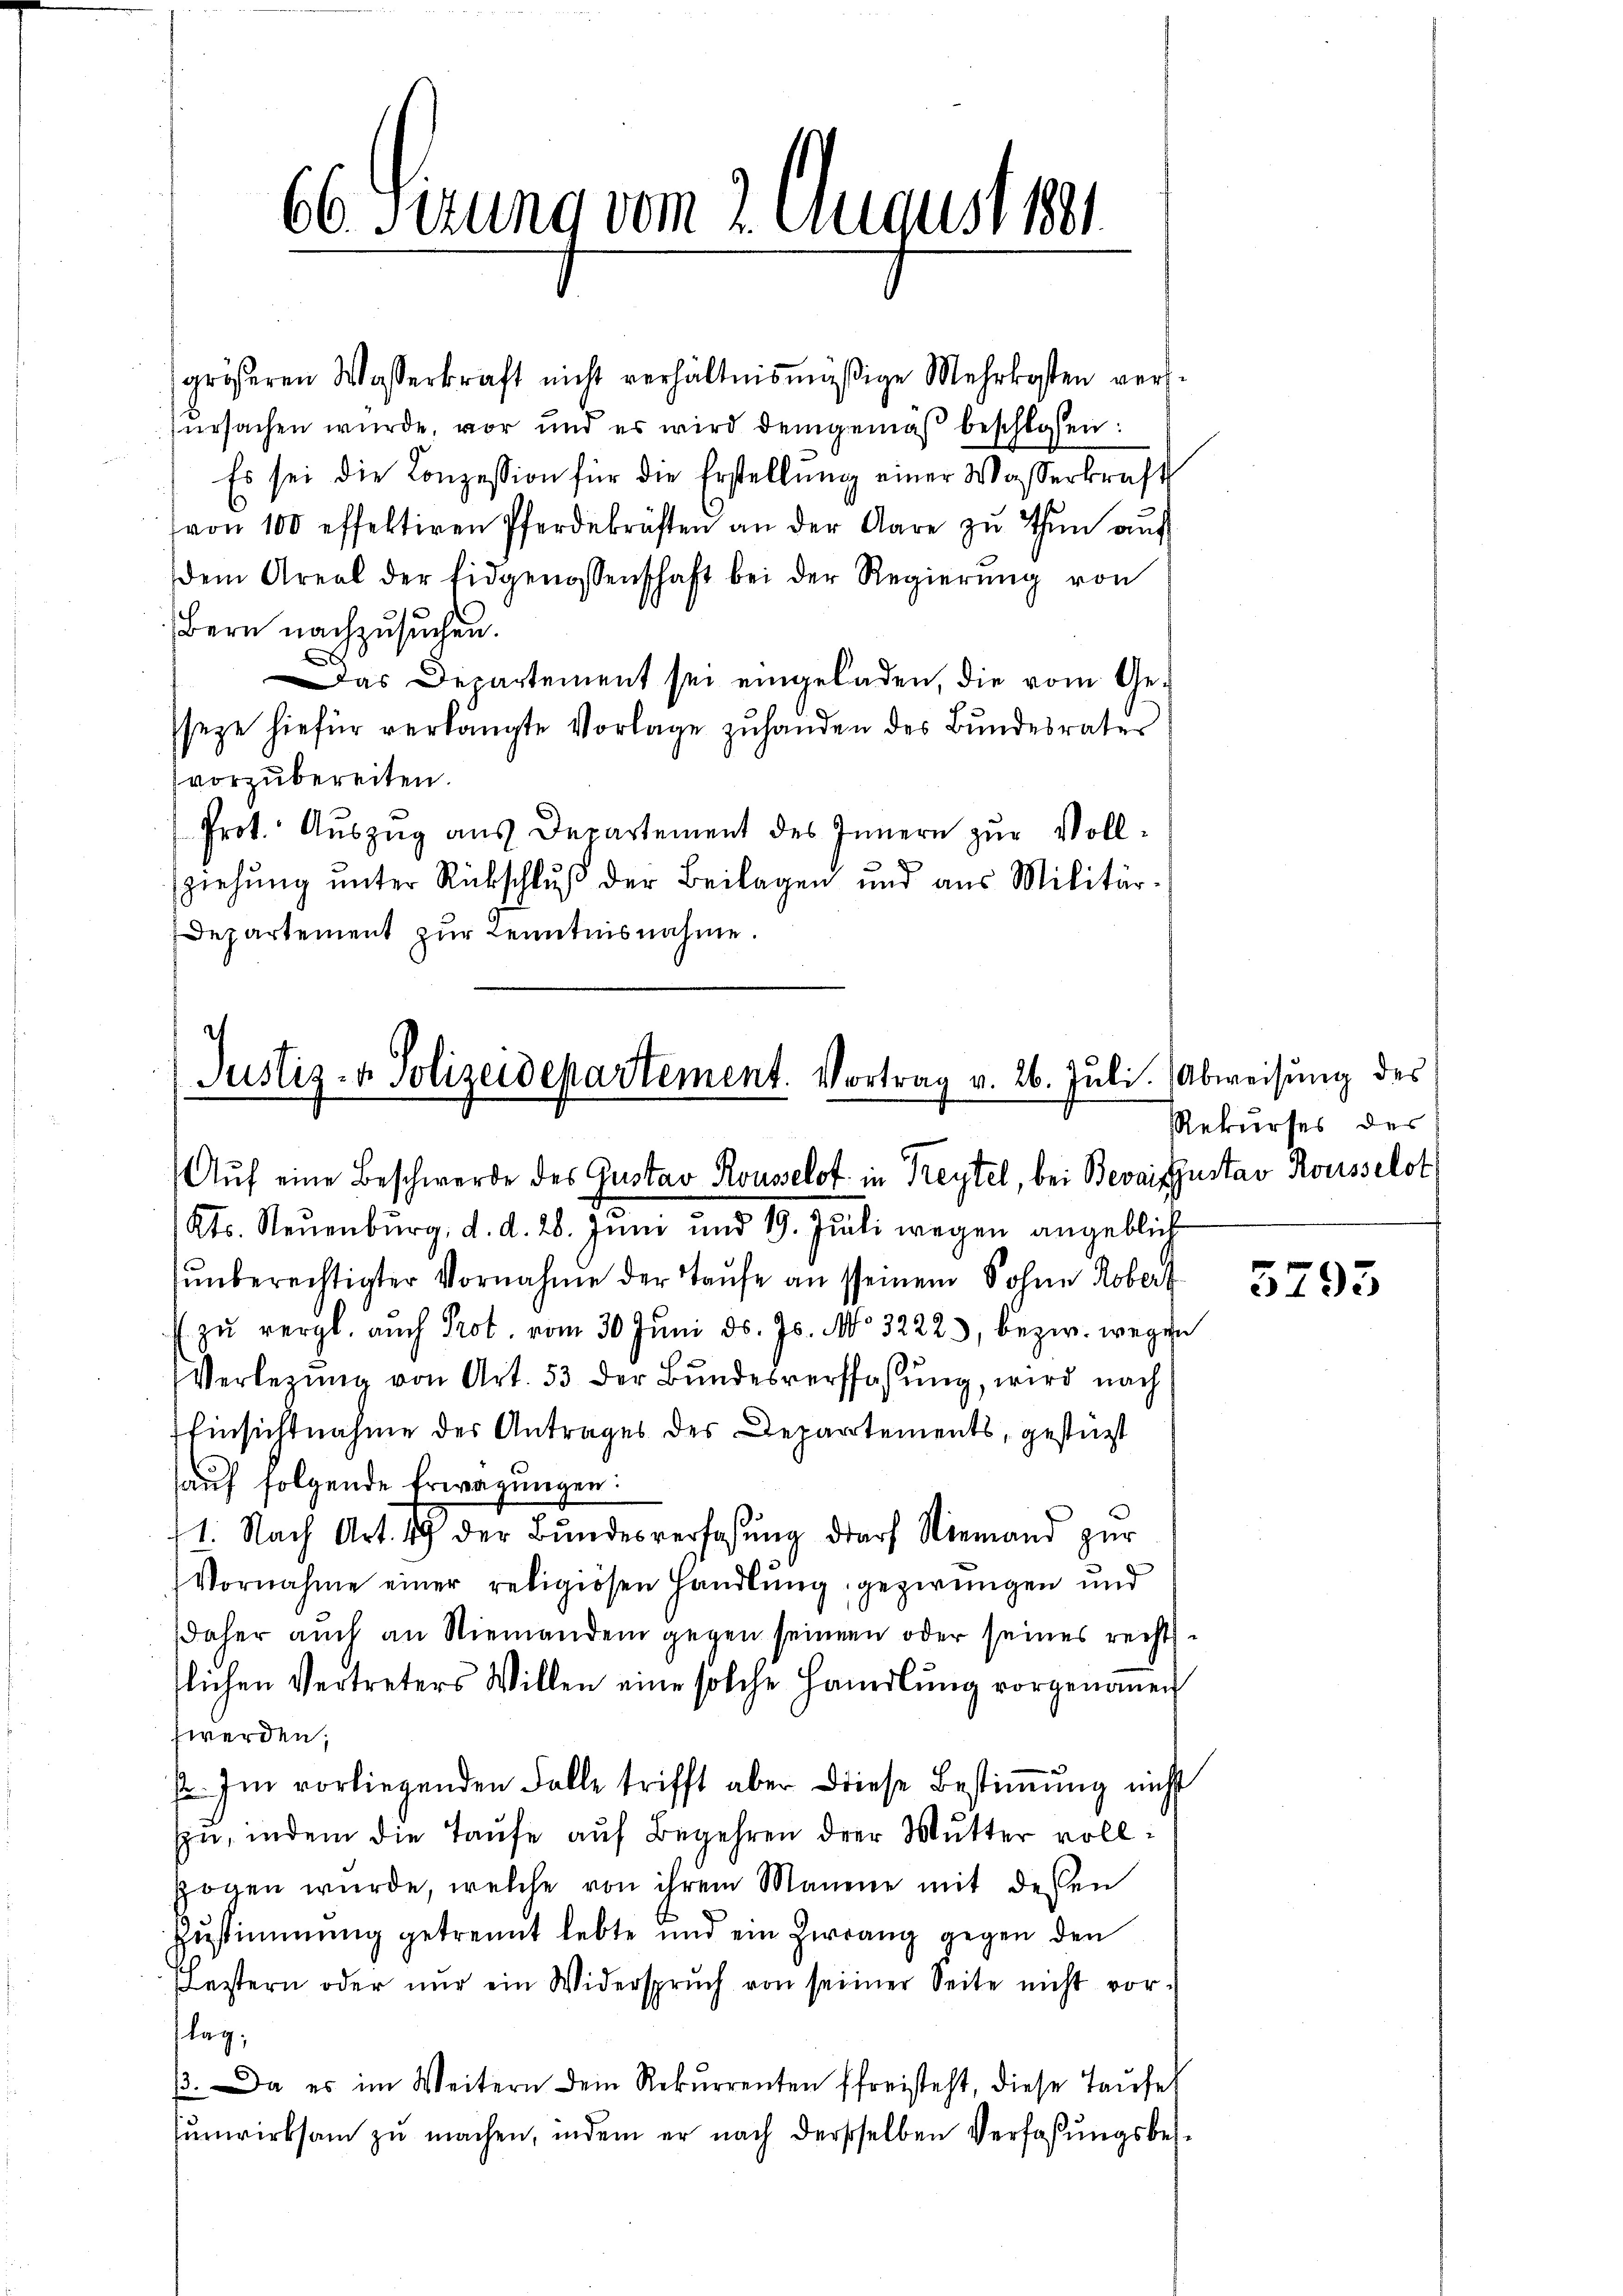
66 derung vom 2. August ver

größeren Wasserkraft nicht verhältnismäßige Mehrkosten vers-
ursachen wurde, vor und es wird demgemäß beschlossen:
Es sei die Conzession für die Erstellŭng einer Wasserkraft
von 100 effektiren Pferdekräften an der Aare zŭ thŭn aŭf
dem Areal der Eidgenossenschaft bei der Regierŭng von
Bern nachzusuchen.
Das Departement sei eingeladen, die vom Gesseze hiefür verlängte Vorlage zuhanden des Bundesrater
vorzubereiten.
Prot. Auszug aus Departement des Innern zur Vollziehung unter Rückschluß der Beilagen und aus Militär-
Departement zŭr Kenntnisnahme.

Justiz- & Polizeidepartement. Vortrag v. 26. Juli. Abweisung des
Aŭf eine Beschwerde des Gustav Rousselst in Keytel, bei Bevaiffustav Kousselst

Kts. Neuenburg, d. d. 26. Juni und 19. Jŭli wegen angeblich
unberechtigter Vornahme der Taufe an seinem Sohne Robert
 zŭ vergl. auch Prot. vom 30. Juni d. Js. No. 3222), bezw. wegen
Verlegung von Art. 53 der Bundesverfassung, wird nach
Einsichtnahme der Antrages der Departements, gestüzt
auf folgende Erwägungen:
11. Nach Art. 49 der Bŭndesverfassŭng darf Niemand zŭr
Vornahme einer religiösen Handlung, gezwungen und
daher auch an Niemanden gegen seinem oder seines recht
tlichen Vertreters Willen eine solche Handlŭng vorgenommen
werden;
2. Im vorliegenden Falle trifft aber diese Bestimung nicht
sin, indem die Taufe auf Begehren der Mutter vollzogen würde, welche von ihrem Manene mit dessen
Zustimmung getrennt lebte und ein Hirrang gegen den
festern oder nŭr ein Widerspruch von seiner Seite nicht vorlag;
β. Da es im Weitern dem Rekurrenten freisteht, diese Taufe
unwirksam zu machen, indem er nach dersselben Verfaßungsbes¬

Rekurses des

5793